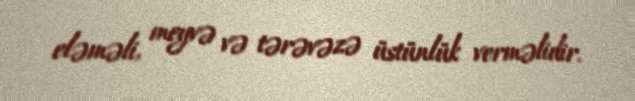
eləməli, meyvə və tərəvəzə üstünlük verməlidir.